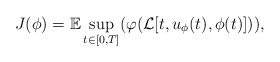
\begin{align*} J(\phi) = \mathbb{E} \sup_{ t \in [0,T]}( \varphi(\mathcal{L}[t,u_\phi(t), \phi(t)])), \end{align*}